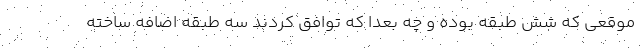
موقعی که شش طبقه بوده و چه بعدا که توافق کردند سه طبقه اضافه ساخته